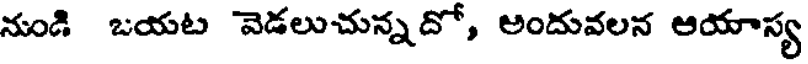
నుండి ఒయట వెడలుచున్నదో, అందువలన ఆయాస్య